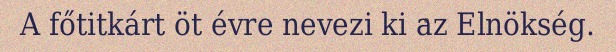
A főtitkárt öt évre nevezi ki az Elnökség.